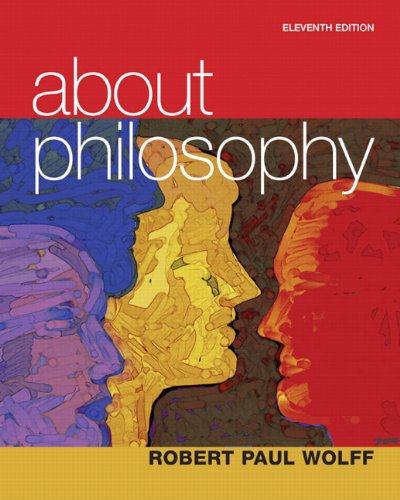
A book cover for About Philosophy (11th Edition); Robert Paul Wolff; Politics & Social Sciences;